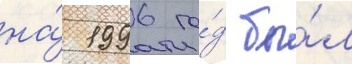
на́ 1996 го́д бы́л